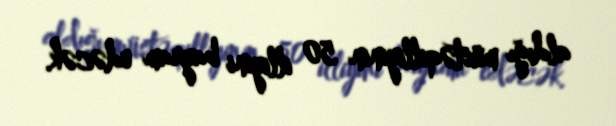
aldığı müstəqilliyinin 50 illiyini bayram edəcək.